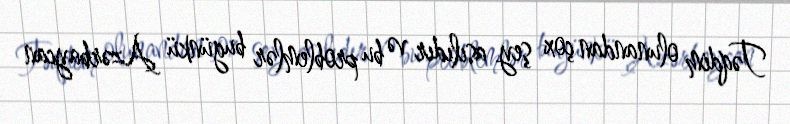
Təqdim olunandan çox şey asılıdır və bu problemlər bugünkü Azərbaycan